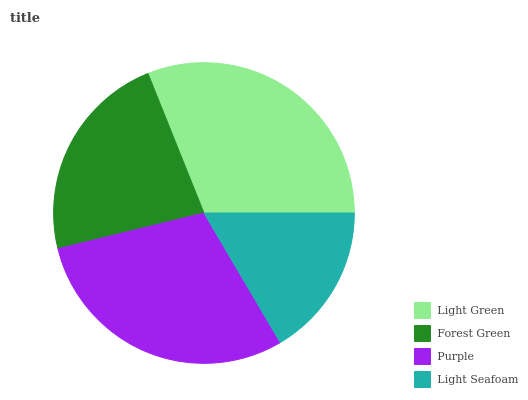
| Light Green | Forest Green | Purple | Light Seafoam |
 | --- | --- | --- | --- |
 | 31.1% | 22.8% | 29.6% | 16.6% |